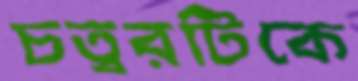
চত্বরটিকে